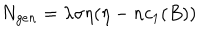
N _ { g e n } = \lambda \sigma \eta ( \eta - n c _ { 1 } ( B ) )